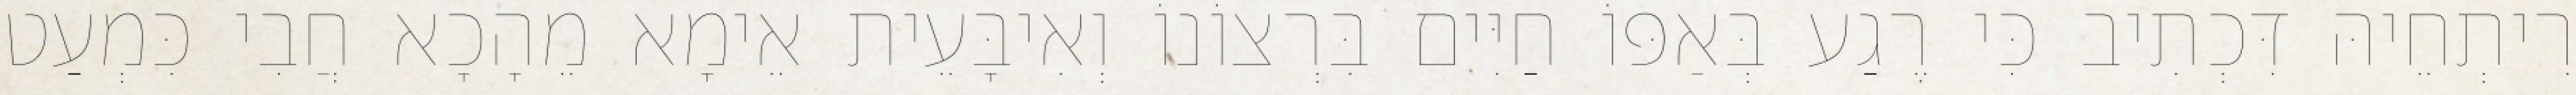
רִיתְחֵיהּ דִּכְתִיב כִּי רֶגַע בְּאַפּוֹ חַיִּים בִּרְצוֹנוֹ וְאִיבָּעֵית אֵימָא מֵהָכָא חֲבִי כִּמְעַט